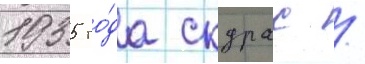
1935 го́да скурас /